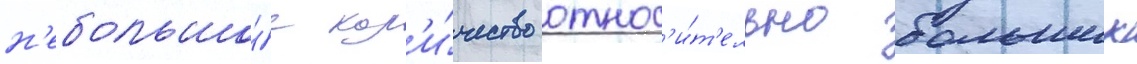
н'ебольшо́е кол'и́чество относ'и́т'ельно больших